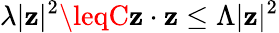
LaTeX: \lambda|\mathbf{z}|^{2}\leqC\mathbf{z}\cdot\mathbf{z}\leq\Lambda|\mathbf{z}|^{2}